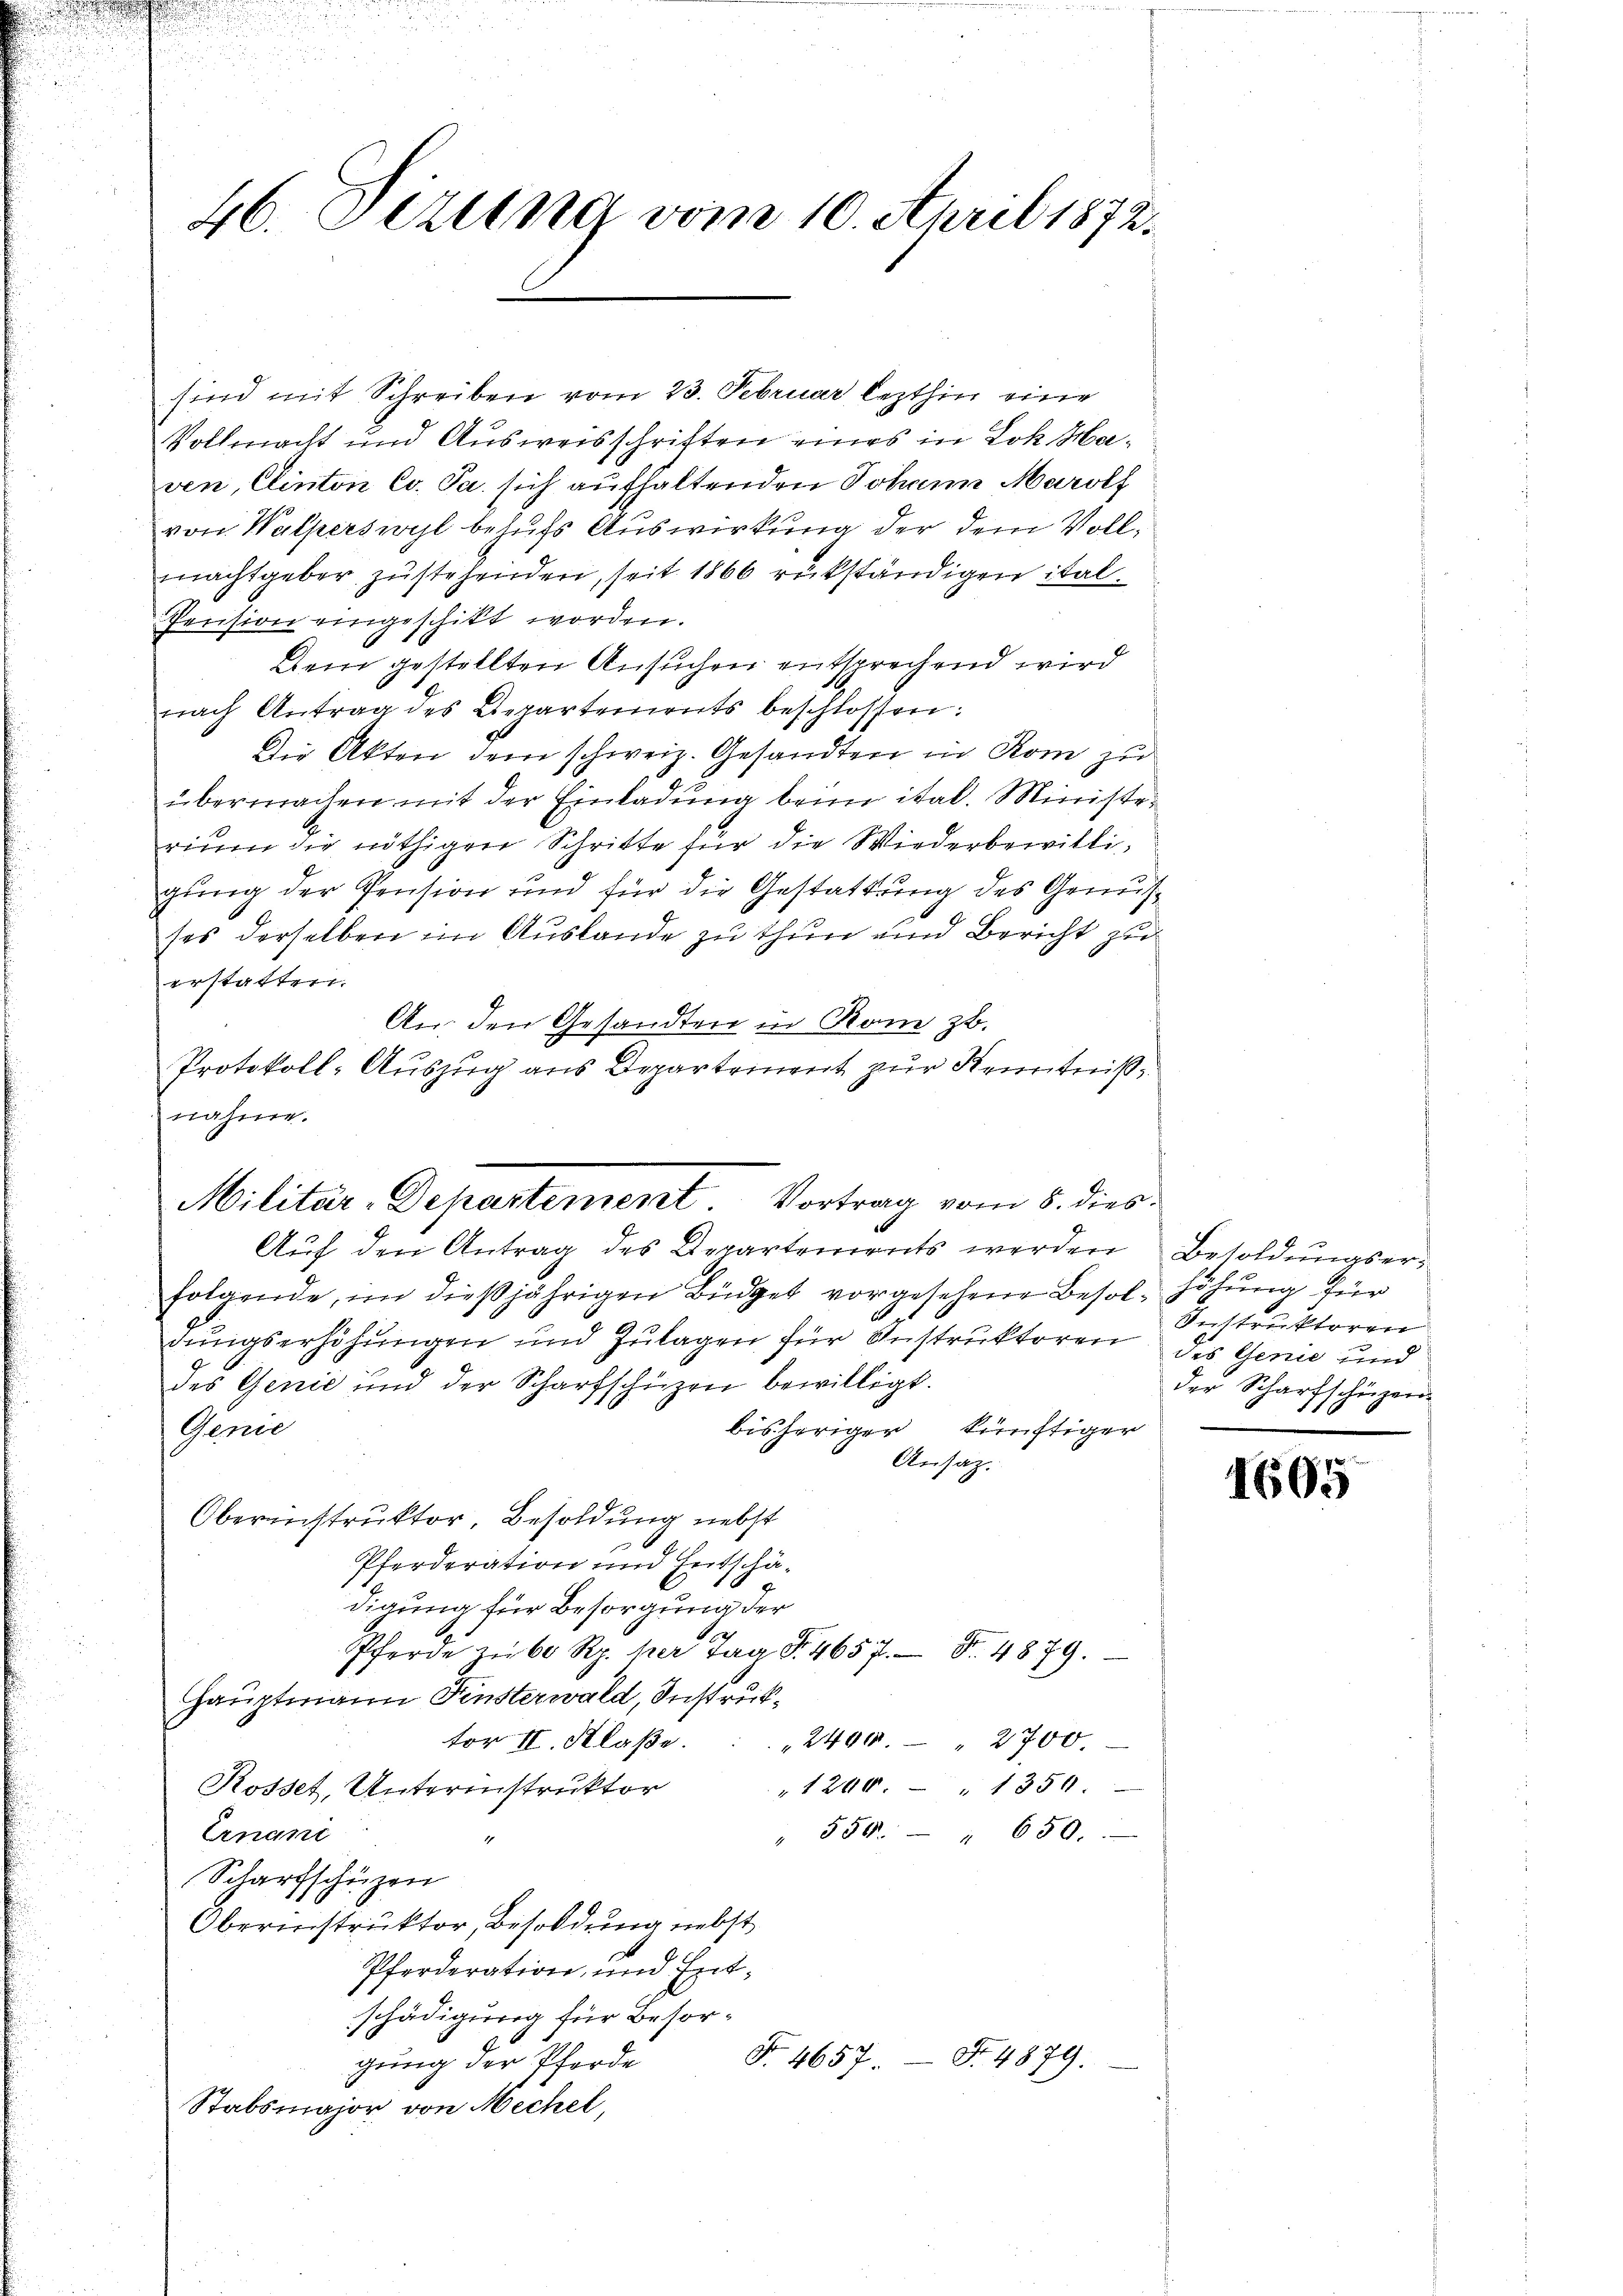
sind mit Schreiben vom 23. Februar lezthin eine
Vollmacht und Ausweisschriften eines in Lok Haven, Clinton Co. Ja sich aufhaltenden Johann Marolf
von Walperswyl behufs Auswirkung der dem Vollmachtgeber zustehenden, seit 1866 rükständigen ital¬
Pension eingeschikt worden.
Dem gestellten Ansuchen entsprechend wird
nach Antrag des Departements beschlossen:
Die Akten dem schweiz. Gesandten in Rom zu
übermachen mit der Einladung beim ital. Ministeriŭm die nöthigen Schritte für die Wiederbewilli-
gung der Pension und für die Gestattung des Genehses derselben im Auslande zu thun und Bericht zu
erstatten.
An: den Gesandten in Rom zb.
Protokoll-Auszug aus Departement zur Kenntnißnahme.
Auf den Antrag des Departements werden
folgende, im dießjährigen Büdget vorgesehene Besol- höhŭng für
dungserhöhungen und Zulagen für Instruktoren des Genie und
des Genić und der Scharfschüzen bewilligt.
bisheriger künftiger
Genie
Ansatz.
Obereichtruktor, Besoldung nebst
Pferderation und Entschädigung für Besorgung der
Pferde zu 60 Rp. her Tag Fr. 4657. Fr. 4879.
Hauptmann Finsterwald, Instruktor II. Klaße.
2490. 2700.
" 1200 " 1350.
Rosset, Unterinstruktor
Ernant
" 554. " 650.
Scharfschüzen
Oberinstruktor, Besoldung nebst
Pferderation und Entschädigung für Besor¬
Fr. 4657. No. 4879.
gung der Pferde
Stabsmajor von Mechel,

46. Dezung vom 10. April 1872.

Militär-Departement Vortrag vom 8. dies

Besoldungser¬
Instruktoren
der Scharfschüzern

1605